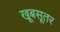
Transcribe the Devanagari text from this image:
खूबसूतर